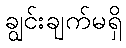
ချွင်းချက်မရှိ